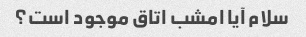
سلام آیا امشب اتاق موجود است؟